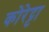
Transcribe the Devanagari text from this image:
कोरेट्टा